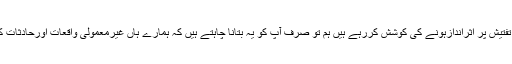
آپ یہ نہ سمجھیں کہ ہم تفتیشی اداروں یا ایجنسیوں کی تفتیش پر اثراندازہونے کی کوشش کررہے ہیں ہم تو صرف آپ کو یہ بتانا چاہتے ہیں کہ ہمارے ہاں غیرمعمولی واقعات اورحادثات کو بھی معمول کی کارروائیوں کی نذر کر دیا جاتا ہے۔